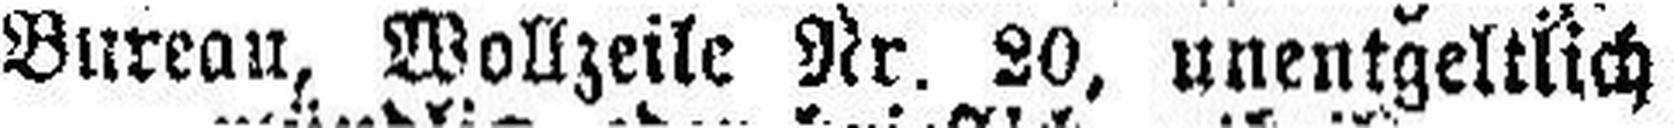
Bureau, Wollzeile Nr. 20, unentgeltlich